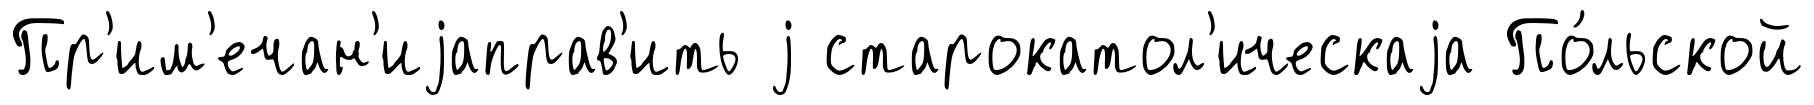
Пр'им'ечан'иjаправ'ить j старокатол'ическаjа По́льской